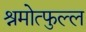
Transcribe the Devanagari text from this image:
श्रमोत्फुल्ल